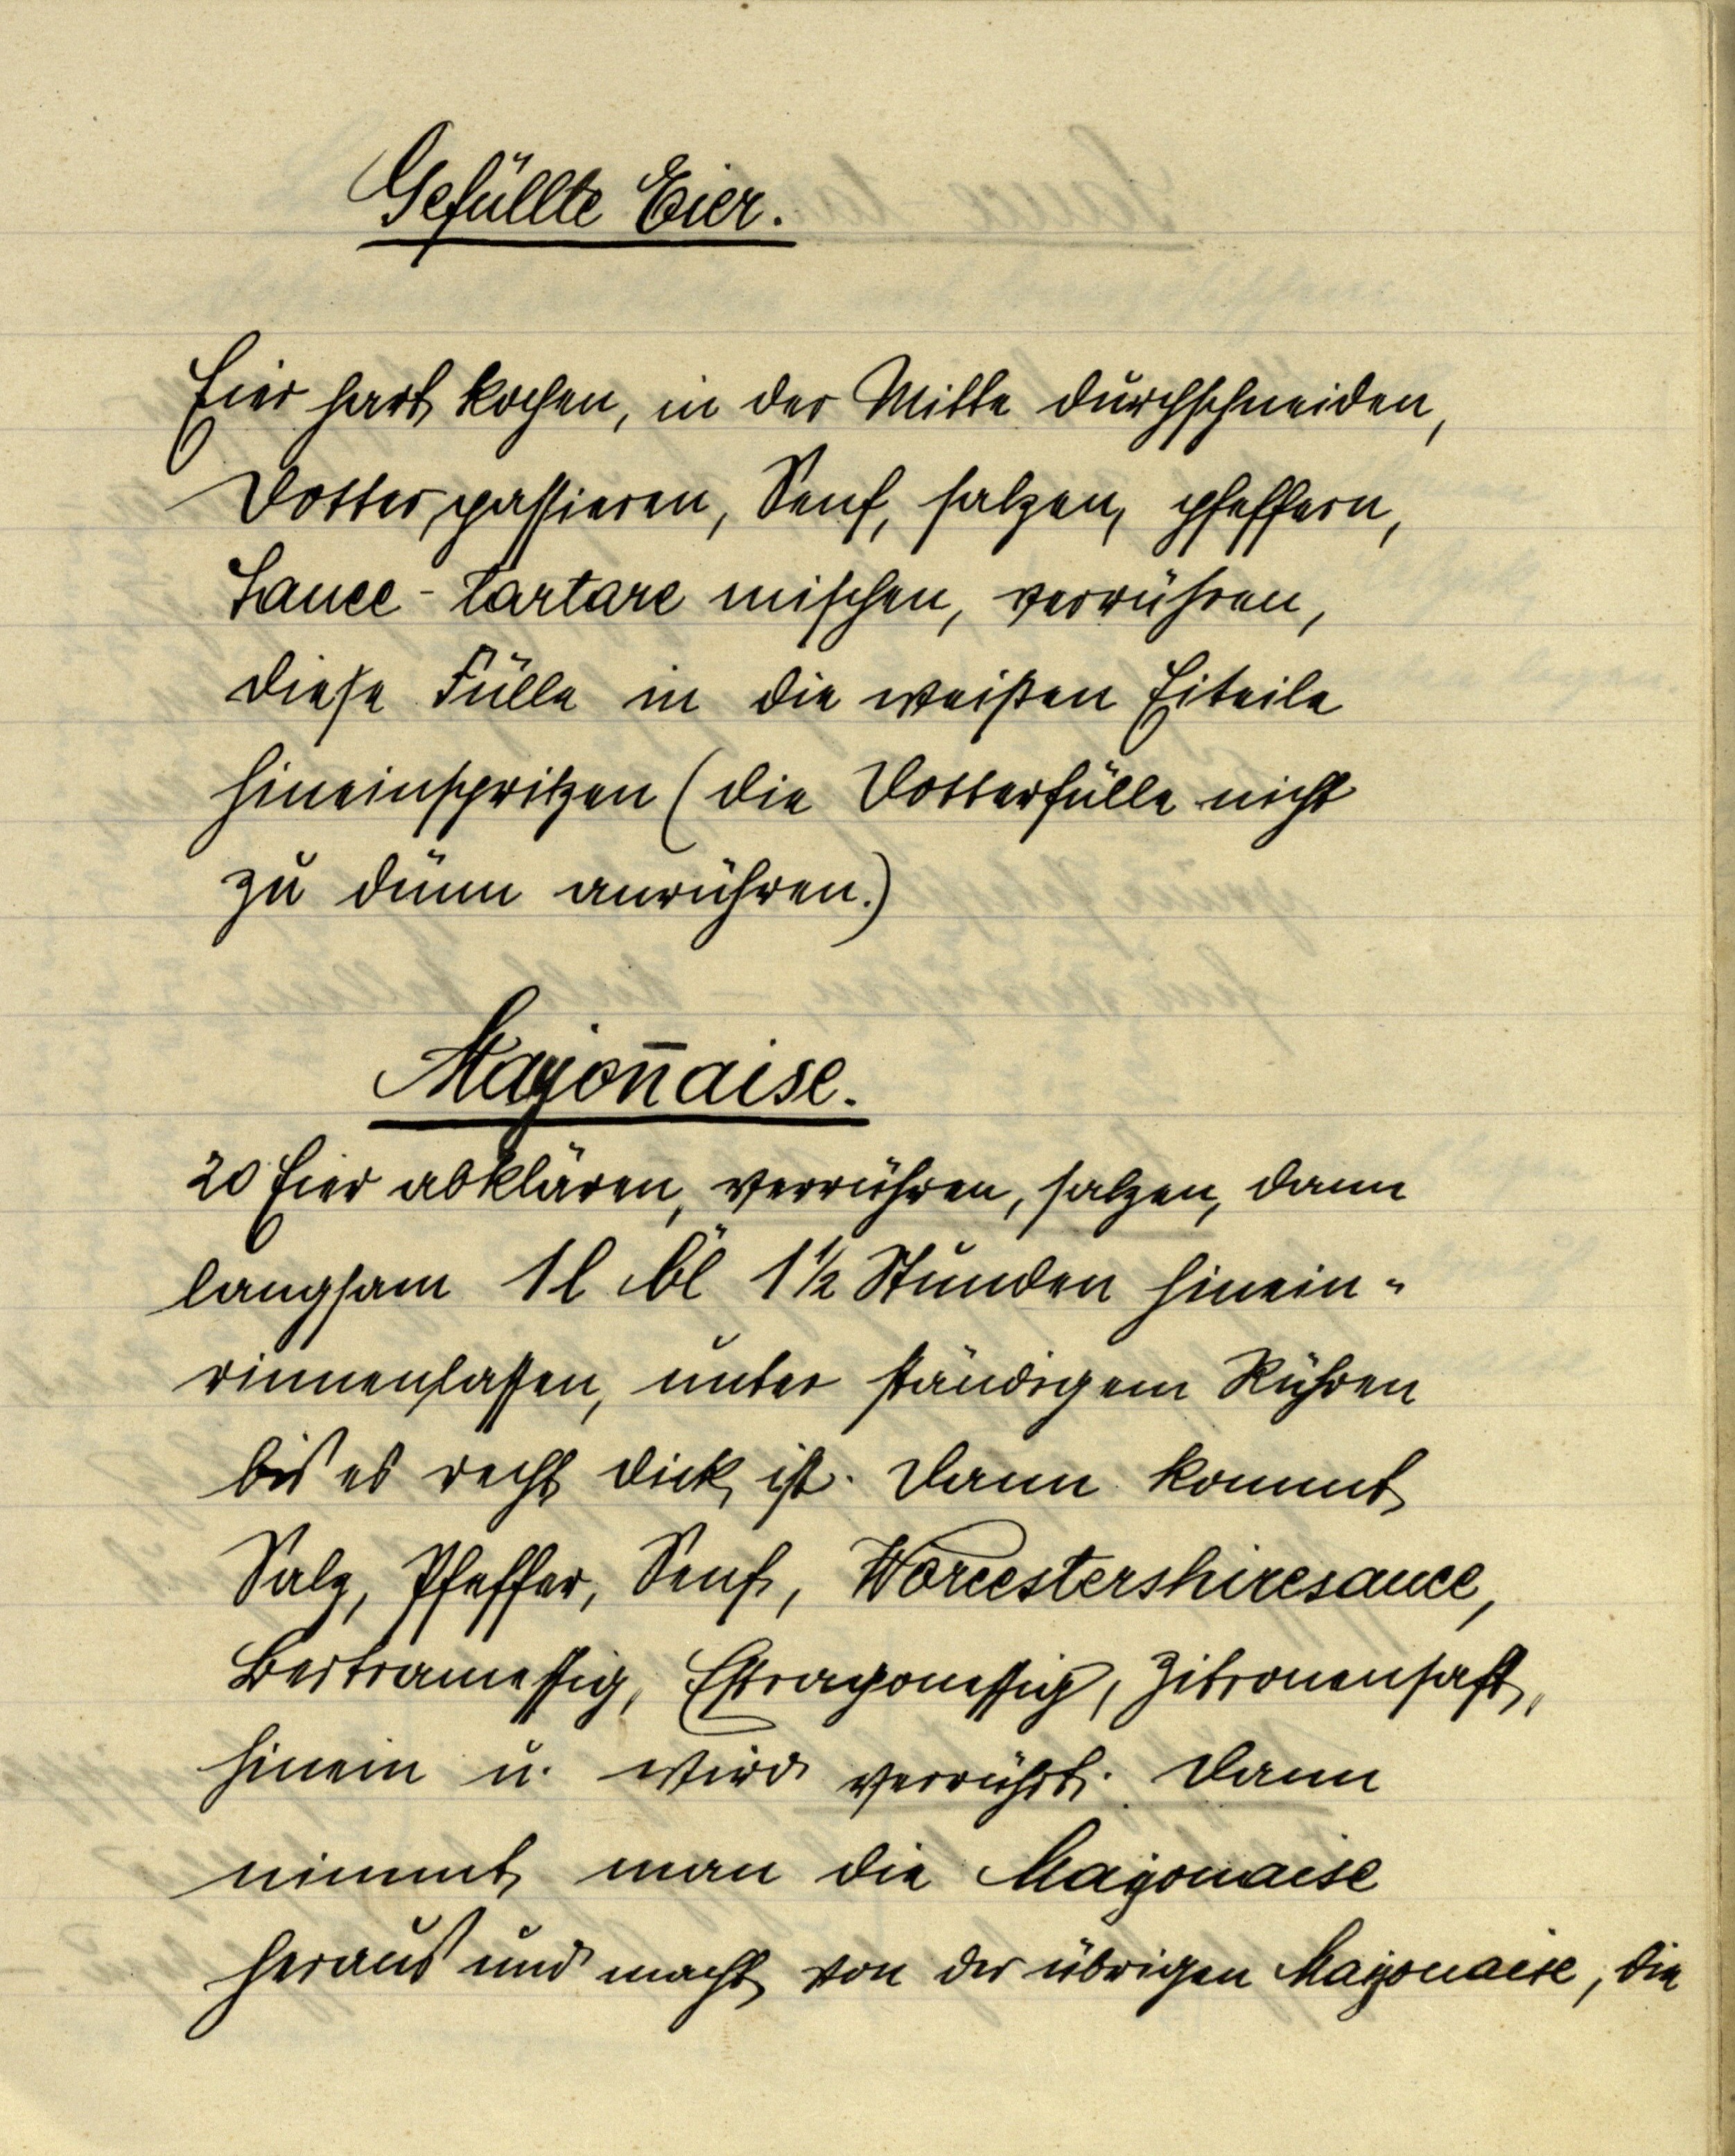
Gefüllte Eier.

Eier hart kochen, in der Mitte durchschneiden,
Dotter passieren, Senf, salzen, pfeffern,
Sauce-Tartare mischen, verrühren,
diese Fülle in die weißen Eiteile
hineinspritzen (die Dotterfülle nicht
zu dünn anrühren.)

Mayonnaise.
20 Eier abklären, verrühren, salzen, dann
langsam 1 l Öl 1 ½ Stunden hinein¬
rinnenlassen, unter ständigem Rühren
bis es recht dick ist. Dann kommt
Salz, Pfeffer, Senf, Worcestershiresauce,
Bertramessig, Estragonessig, Zitronensaft,
hinein u. wird verrührt. Dann
nimmt man die Mayonaise
heraus und macht von der übrigen Mayonaise, die